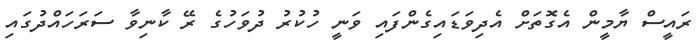
ރައީސް ޔާމީން އެގޮތަށް އެދިވަޑައިގެންފައި ވަނީ ހުކުރު ދުވަހުގެ ރޭ ކާނިވާ ސަރަހައްދުގައި